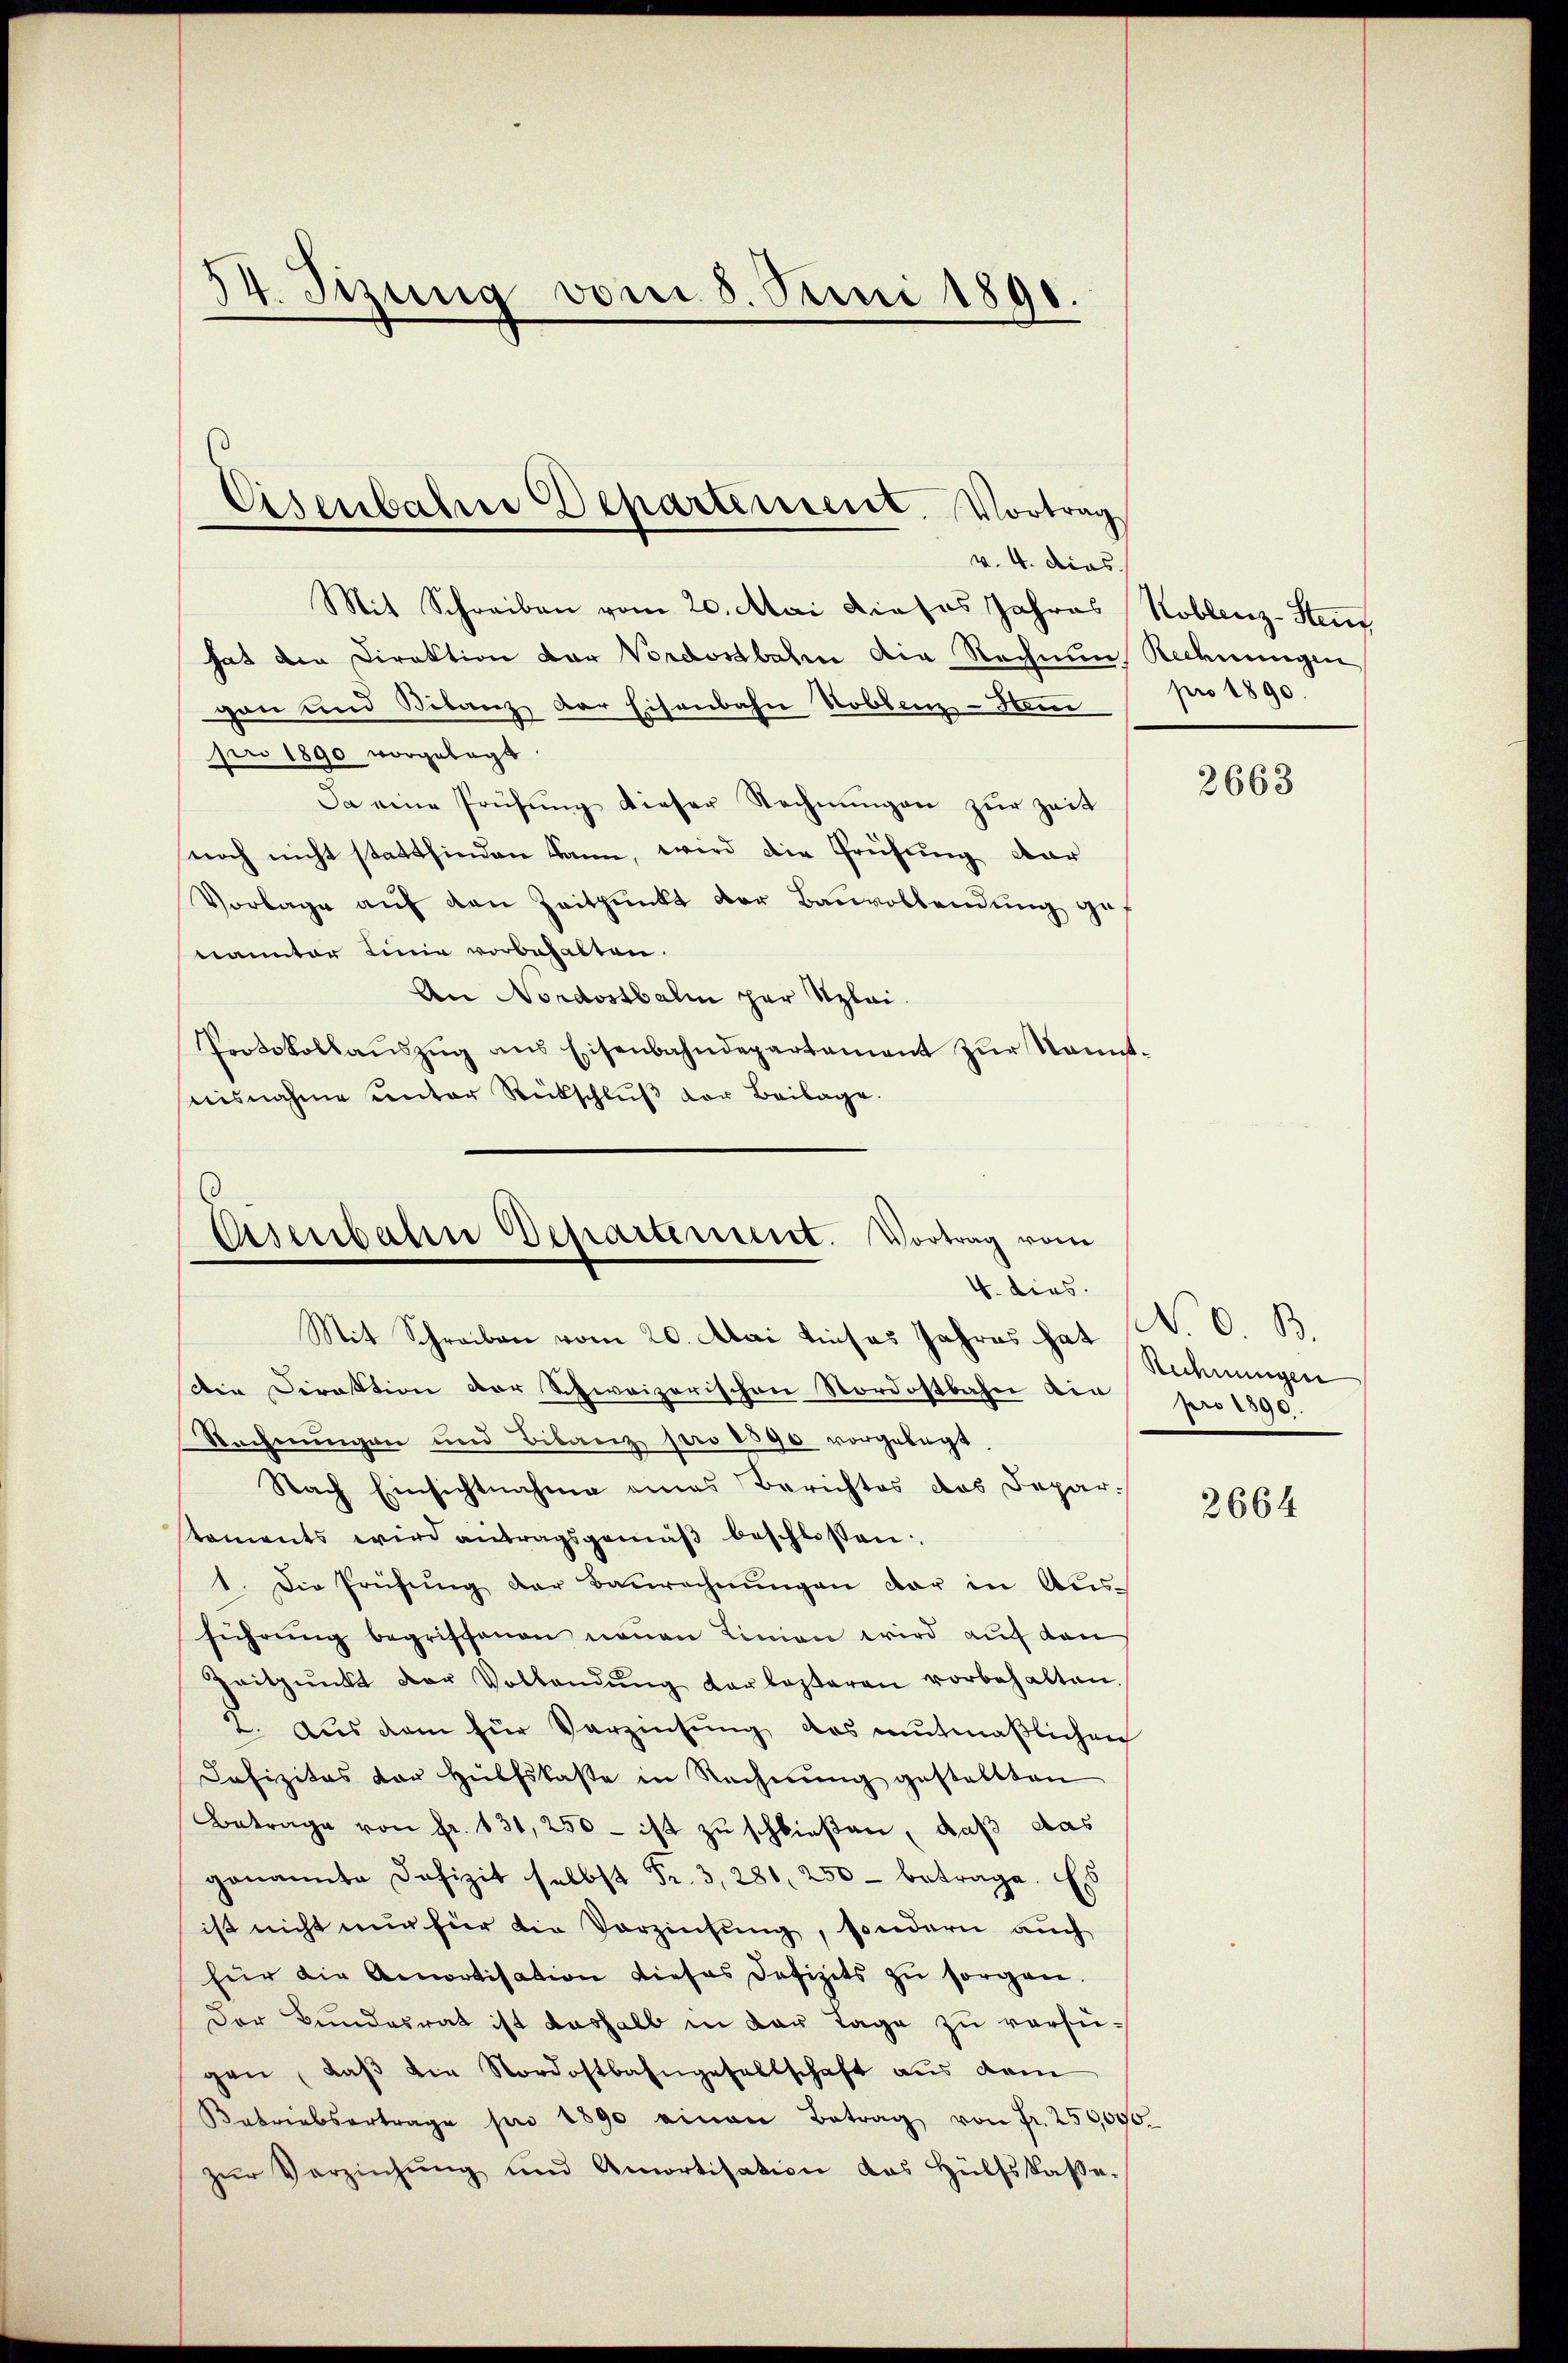
34. Sizung vom 8. Juni 1890.

Eisenbahne Departement. Vortrag
v. 4. dies

Mit Schreiben vom 20. Mai dieses Jahres Koblenz-Steuf
hat der Direktion vor Vordostbahn die Rechnung Rechnungen
gen und Bilanz der Eisenbahn Noblenz-Han
pr 1890 vorgelegt.
Da eine Prüfŭng dieser Rechnŭngen zŭr Zeit
noch nicht stattfinden kann, wird die Prüfung dar
Vorlage auf den Zeitpunkt der Bauvollendung ge
nannter Linie vorbehalten.
An Nordostbalm per Szlai.
Protokollaŭszŭg ans Eisenbahndepartament zŭr Sonnt-
aisnahme unter Rückschlŭβ der Beilage.

Eiserbalen Departement. Vortrag vom
4. dies.

Mit Schreiben vom 20. Mai dieses Jahres hat N. O. B.
Die Direktion der Schweizerischen Nordostbahn die
Rechnŭngen und Bilanz pro 1890 vorgelegt.
Nach Einsichtnahme eines Berichtes das Departaments wird antragsgemäβ beschlossen:
1. Die Prüfung der Baurechnungen dar in Aus-
führŭng begriffenen neuen Linien wird auf dan
Zeitpunkt der Vollandŭng darlezteren vorbehalten.
2. Aus dem für Verzinsung das mutmaßlichen
Defizitas vor Hülfslaste in Rechnŭng gestellten
Betrage von fr. 131, 250 - ist zu schließen, daß das
genannte Defizit selbst Fr. 3, 286, 250 betrage. Es
ist nicht nur für die Verzinsung, sondern auch
für die Amortisation dieses Defizits zŭ sorgen.
Der Bundesrat ist deshalb in der Lage zu verfügen, daβ die Nordostbahngesellschaft aŭs dem
Katriebertrage pro 1890 einen Betrag von Fr. 250,000.
zŭr Verziehŭng und Amortisation das Hülfskasse.

pro 1890.

2663

Rechnungen
pro 1890.

2664